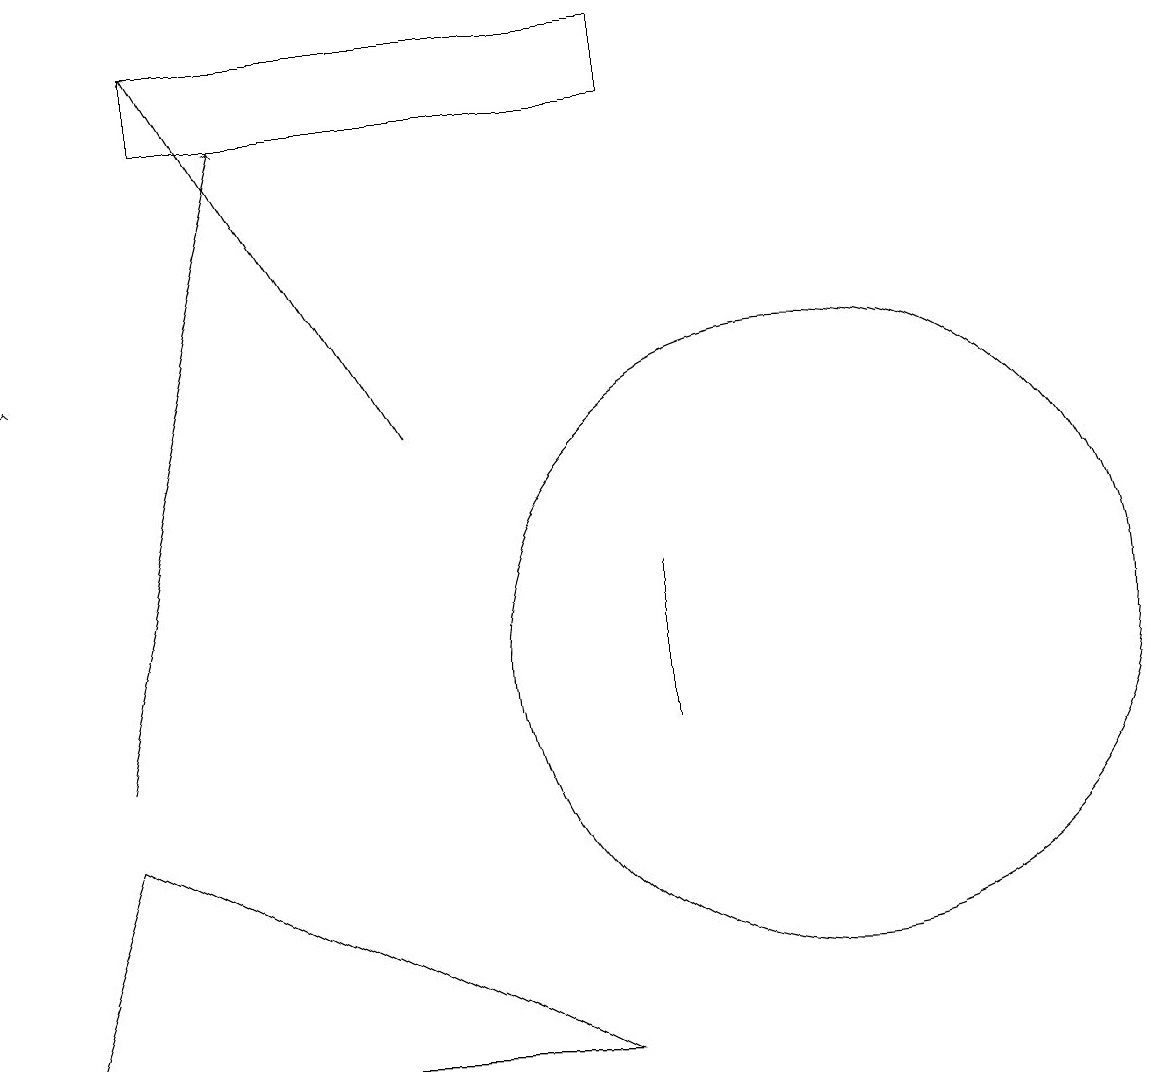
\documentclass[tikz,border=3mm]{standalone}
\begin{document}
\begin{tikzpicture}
\draw (8,10) rectangle (8,12);
\draw (8,19) rectangle (2,18);
\draw[->] (1,10) -- (3,18);
\draw[->] (0,15) -- (0,15);
\draw (10,11) circle (4);
\draw[->] (5,14) -- (2,19);
\draw (1,9) -- (7,6) -- (0,6) -- cycle;
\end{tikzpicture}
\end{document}